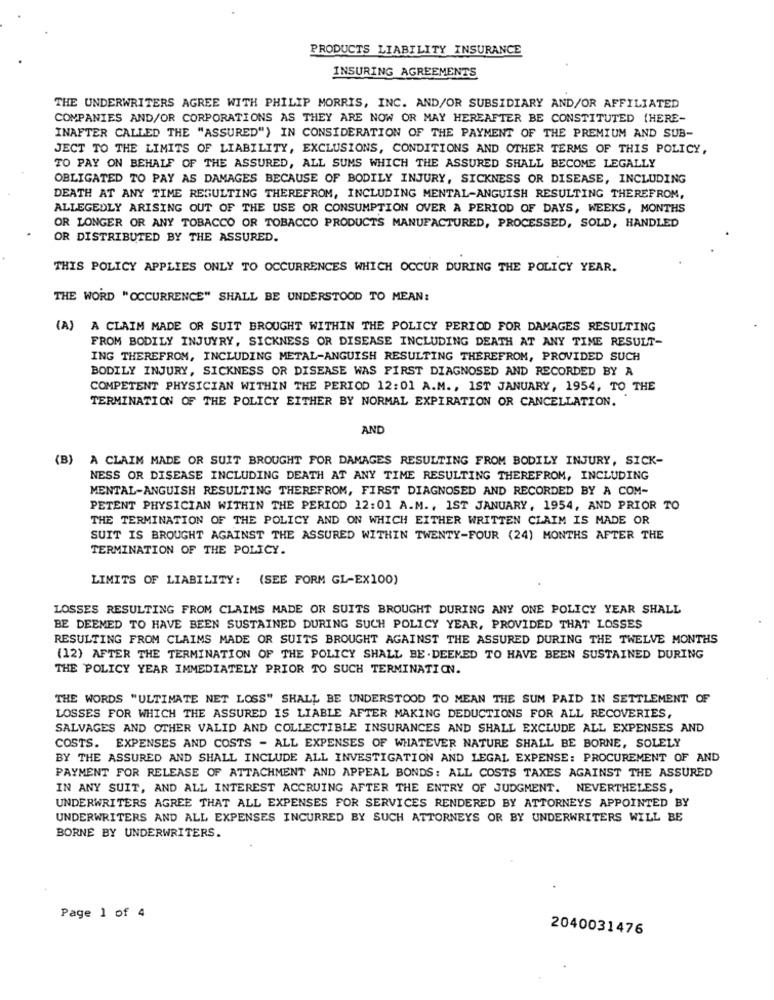
PRODUCTS LIABILITY INSURANCE
INSURING AGREEMENTS
THE UNDERWRITERS AGREE WITH PHILIP MORRIS, INC. AND/OR SUBSIDIARY AND/OR AFFILIATED
COMPANIES AND/OR CORPORATIONS AS THEY ARE NOW OR MAY HEREAFTER BE CONSTITUTED (HERE-
INAFTER CALLED THE "ASSURED") IN CONSIDERATION OF THE PAYMENT OF THE PREMIUM AND SUB-
JECT TO THE LIMITS OF LIABILITY, EXCLUSIONS, CONDITIONS AND OTHER TERMS OF THIS POLICY,
TO PAY ON BEHALF OF THE ASSURED, ALL SUMS WHICH THE ASSURED SHALL BECOME LEGALLY
OBLIGATED TO PAY AS DAMAGES BECAUSE OF BODILY INJURY, SICKNESS OR DISEASE, INCLUDING
DEATH AT ANY TIME RESULTING THEREFROM, INCLUDING MENTAL-ANGUISH RESULTING THEREFROM,
ALLEGEDLY ARISING OUT OF THE USE OR CONSUMPTION OVER A PERIOD OF DAYS, WEEKS, MONTHS
OR LONGER OR ANY TOBACCO OR TOBACCO PRODUCTS MANUFACTURED, PROCESSED, SOLD, HANDLED
OR DISTRIBUTED BY THE ASSURED.
THIS POLICY APPLIES ONLY TO OCCURRENCES WHICH OCCUR DURING THE POLICY YEAR.
THE WORD "OCCURRENCE" SHALL BE UNDERSTOOD TO MEAN:
(A) A CLAIM MADE OR SUIT BROUGHT WITHIN THE POLICY PERIOD FOR DAMAGES RESULTING
FROM BODILY INJUYRY, SICKNESS OR DISEASE INCLUDING DEATH AT ANY TIME RESULT-
ING THEREFROM, INCLUDING METAL-ANGUISH RESULTING THEREFROM, PROVIDED SUCH
BODILY INJURY, SICKNESS OR DISEASE WAS FIRST DIAGNOSED AND RECORDED BY A
COMPETENT PHYSICIAN WITHIN THE PERIOD 12:01 A.M ., 1ST JANUARY, 1954, TO THE
TERMINATION OF THE POLICY EITHER BY NORMAL EXPIRATION OR CANCELLATION.
AND
(B)
A CLAIM MADE OR SUIT BROUGHT FOR DAMAGES RESULTING FROM BODILY INJURY, SICK-
NESS OR DISEASE INCLUDING DEATH AT ANY TIME RESULTING THEREFROM, INCLUDING
MENTAL-ANGUISH RESULTING THEREFROM, FIRST DIAGNOSED AND RECORDED BY A COM-
PETENT PHYSICIAN WITHIN THE PERIOD 12:01 A.M ., 1ST JANUARY, 1954, AND PRIOR TO
THE TERMINATION OF THE POLICY AND ON WHICH EITHER WRITTEN CLAIM IS MADE OR
SUIT IS BROUGHT AGAINST THE ASSURED WITHIN TWENTY-FOUR (24) MONTHS AFTER THE
TERMINATION OF THE POLICY.
LIMITS OF LIABILITY: (SEE FORM GL-EX100)
LOSSES RESULTING FROM CLAIMS MADE OR SUITS BROUGHT DURING ANY ONE POLICY YEAR SHALL
BE DEEMED TO HAVE BEEN SUSTAINED DURING SUCH POLICY YEAR, PROVIDED THAT LOSSES
RESULTING FROM CLAIMS MADE OR SUITS BROUGHT AGAINST THE ASSURED DURING THE TWELVE MONTHS
(12) AFTER THE TERMINATION OF THE POLICY SHALL BE . DEEMED TO HAVE BEEN SUSTAINED DURING
THE POLICY YEAR IMMEDIATELY PRIOR TO SUCH TERMINATION.
THE WORDS "ULTIMATE NET LOSS" SHALL BE UNDERSTOOD TO MEAN THE SUM PAID IN SETTLEMENT OF
LOSSES FOR WHICH THE ASSURED IS LIABLE AFTER MAKING DEDUCTIONS FOR ALL RECOVERIES,
SALVAGES AND OTHER VALID AND COLLECTIBLE INSURANCES AND SHALL EXCLUDE ALL EXPENSES AND
COSTS. EXPENSES AND COSTS - ALL EXPENSES OF WHATEVER NATURE SHALL BE BORNE, SOLELY
BY THE ASSURED AND SHALL INCLUDE ALL INVESTIGATION AND LEGAL EXPENSE: PROCUREMENT OF AND
PAYMENT FOR RELEASE OF ATTACHMENT AND APPEAL BONDS: ALL COSTS TAXES AGAINST THE ASSURED
IN ANY SUIT, AND ALL INTEREST ACCRUING AFTER THE ENTRY OF JUDGMENT. NEVERTHELESS,
UNDERWRITERS AGREE THAT ALL EXPENSES FOR SERVICES RENDERED BY ATTORNEYS APPOINTED BY
UNDERWRITERS AND ALL EXPENSES INCURRED BY SUCH ATTORNEYS OR BY UNDERWRITERS WILL BE
BORNE BY UNDERWRITERS.
Page 1 of 4
2040031476